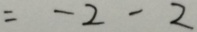
= - 2 - 2